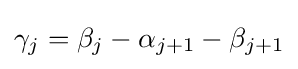
\gamma _{j}=\beta _{j}-\alpha _{j+1}-\beta _{j+1}